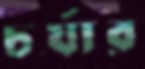
চর্যার